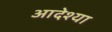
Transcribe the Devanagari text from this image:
आदेश्या